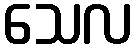
သေလ